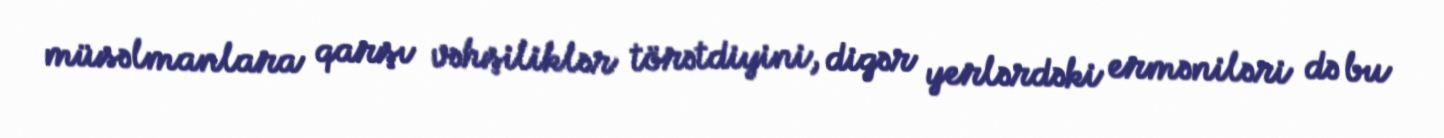
müsəlmanlara qarşı vəhşiliklər törətdiyini, digər yerlərdəki erməniləri də bu